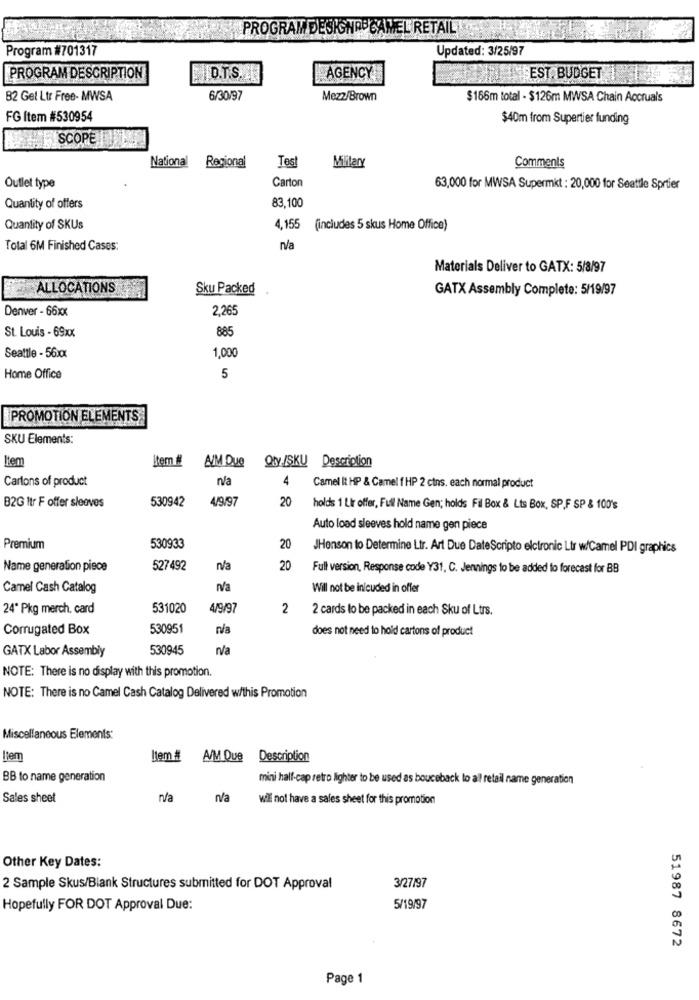
PROGRAM DESIGNABCAMEL RETAIL
Program #701317
Updated: 3/25/97
PROGRAM DESCRIPTION
D.T.S.
AGENCY
EST BUDGET
B2 Get Ltr Free- MWSA
6/30/97
Mezz/Brown
$166m total - $126m MWSA Chain Accruals
FG Item #530954
$40m from Supertier funding
SCOPE TIENE
National
Regional
Tes
Military
Comments
Carton
Outlet type
63,000 for MWSA Supermkt : 20,000 for Seattle Sprtier
Quantity of offers
83,100
Quantity of SKUs
4,155 (includes 5 skus Home Office)
Total 6M Finished Cases:
n/a
Materials Deliver to GATX: 5/8/97
-ALLOCATIONS
Sku Packed
GATX Assembly Complete: 5/19/97
Denver - 66xx
2,265
885
St. Louis - 69xx
Seattle - 56xx
1,000
Home Office
5
PROMOTION ELEMENTS
SKU Elements:
Iten
Item #
AIM Que
Qty /SKU Description
Cartons of product
n/a
4
Camel It HP & Camel f HP 2 cins. each normal product
B2G 1tr F offer sleeves
530942
4/9/97
20
holds 1 Lir offer, Full Name Gen; holds Fil Box & Lts Box, SP.F SP & 100's
Auto load sleeves hold name gen piece
Premium
530933
20
JHonson to Determine Ltr. Art Due DateScripto elctronic Ltr w/Camel PDI graphics
Name generation piece
527492
n/a
20
Full version, Response code Y31, C. Jennings to be added to forecast for BB
Camel Cash Catalog
Will not be inlcuded in offer
24" Pkg merch, card
531020
4/9/97
2
2 cards to be packed in each Sku of Ltrs.
Corrugated Box
530951
n/a
does not need to hold cartons of product
GATX Labor Assembly
530945
n/a
NOTE: There is no display with this promotion.
NOTE: There is no Camel Cash Catalog Delivered w/this Promotion
Miscellaneous Elements:
Hem
ltem #
A/M Que Description
BB to name generation
mini half-cap retro lighter to be used as bouceback to all retail name generation
Sales sheet
n/a
n/a
wil not have a sales sheet for this promotion
Other Key Dates:
2 Sample Skus/Blank Structures submitted for DOT Approval
3/27/97
Hopefully FOR DOT Approval Due:
5/19/97
51987 8672
Page 1